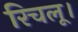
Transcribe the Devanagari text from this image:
रिचलू।